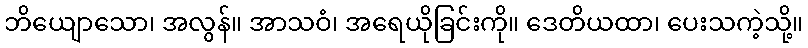
ဘိယျောသော၊ အလွန်။ အာသဝံ၊ အရေယိုခြင်းကို။ ဒေတိယထာ၊ ပေးသကဲ့သို့။